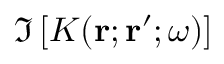
\Im \left[ K ( { \bf r } ; { \bf r } ^ { \prime } ; \omega ) \right]